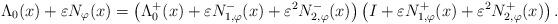
LaTeX: \begin{align*}\Lambda_{0}(x) + \varepsilon N_{\varphi}(x) = \left(\Lambda^{+}_{0}(x) + \varepsilon N_{1,\varphi}^{-}(x) + \varepsilon^2 N_{2,\varphi}^{-}(x)\right)\left(I + \varepsilon N_{1,\varphi}^{+}(x) + \varepsilon^2 N_{2,\varphi}^{+}(x)\right).\end{align*}